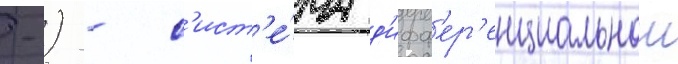
-) - с'ист'е́ма д'ифф'ер'енциальнои